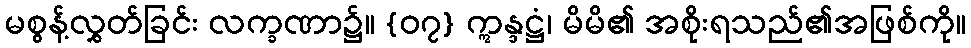
မစွန့်လွှတ်ခြင်း လက္ခဏာ၌။ {၀၇} ဣန္ဒဋ္ဌံ၊ မိမိ၏ အစိုးရသည်၏အဖြစ်ကို။